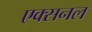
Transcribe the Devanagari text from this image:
एक्सनल